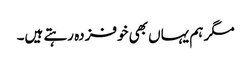
مگر ہم یہاں بھی خوفزدہ رہتے ہیں۔